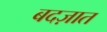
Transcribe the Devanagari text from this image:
बदज़ात